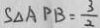
S _ { \Delta } A P B = \frac { 3 } { 2 }